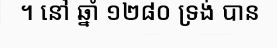
។ នៅ ឆ្នាំ ១២៨០ ទ្រង់ បាន